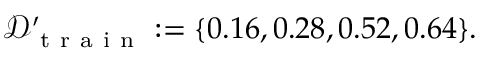
\mathcal { D } _ { \mathrm { ~ t ~ r ~ a ~ i ~ n ~ } } ^ { \prime } : = \{ 0 . 1 6 , 0 . 2 8 , 0 . 5 2 , 0 . 6 4 \} .